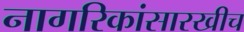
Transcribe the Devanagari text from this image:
नागरिकांसारखीच